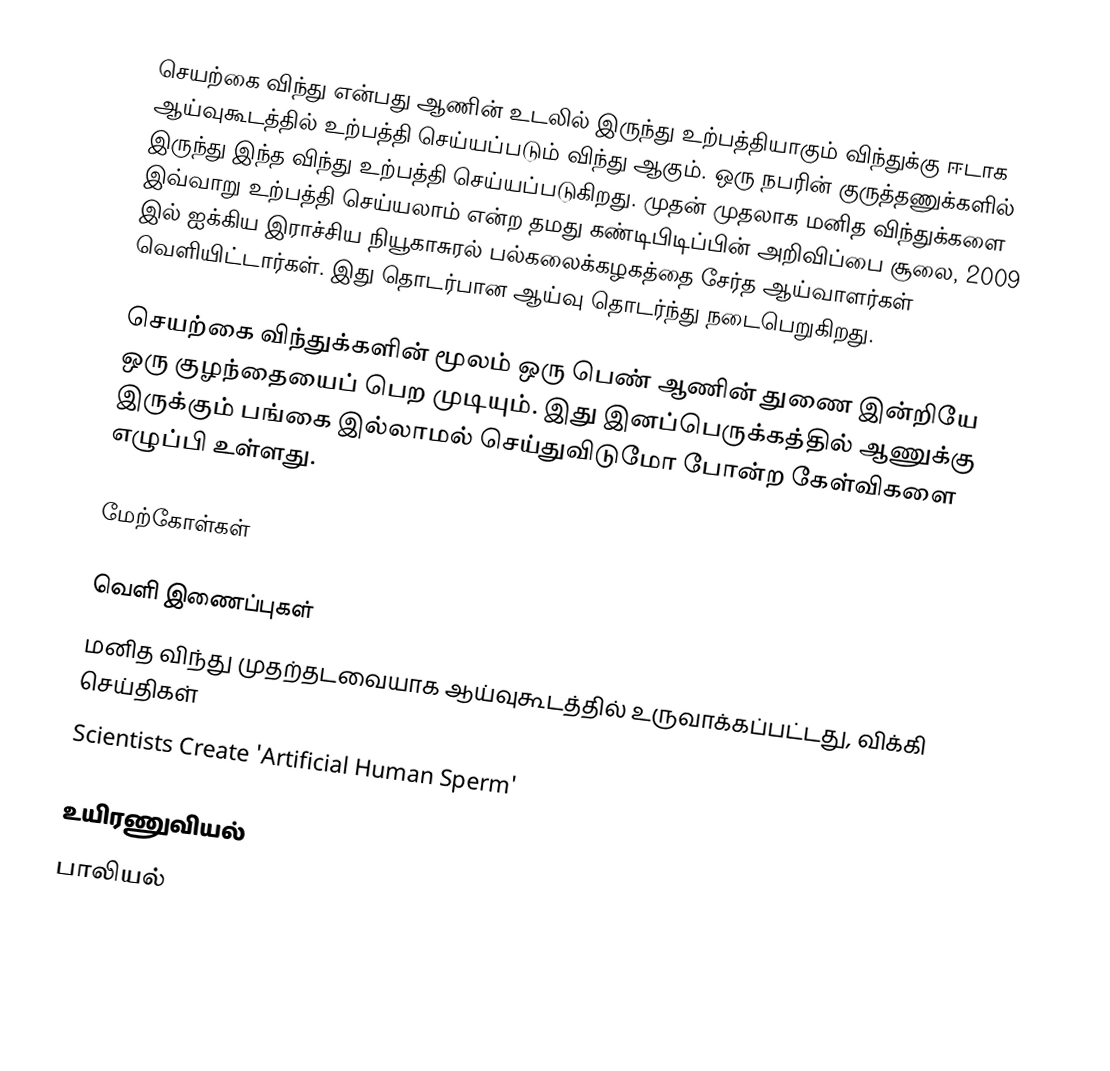
செயற்கை விந்து என்பது ஆணின் உடலில் இருந்து உற்பத்தியாகும் விந்துக்கு ஈடாக ஆய்வுகூடத்தில் உற்பத்தி செய்யப்படும் விந்து ஆகும்.  ஒரு நபரின் குருத்தணுக்களில் இருந்து இந்த விந்து உற்பத்தி செய்யப்படுகிறது.  முதன் முதலாக மனித விந்துக்களை இவ்வாறு உற்பத்தி செய்யலாம் என்ற தமது கண்டிபிடிப்பின் அறிவிப்பை சூலை, 2009 இல் ஐக்கிய இராச்சிய நியூகாசுரல் பல்கலைக்கழகத்தை சேர்த ஆய்வாளர்கள் வெளியிட்டார்கள்.  இது தொடர்பான ஆய்வு தொடர்ந்து நடைபெறுகிறது.

செயற்கை விந்துக்களின் மூலம் ஒரு பெண் ஆணின் துணை இன்றியே ஒரு குழந்தையைப் பெற முடியும்.  இது இனப்பெருக்கத்தில் ஆணுக்கு இருக்கும் பங்கை இல்லாமல் செய்துவிடுமோ போன்ற கேள்விகளை எழுப்பி உள்ளது.

மேற்கோள்கள்

வெளி இணைப்புகள்
 மனித விந்து முதற்தடவையாக ஆய்வுகூடத்தில் உருவாக்கப்பட்டது, விக்கி செய்திகள்
 Scientists Create 'Artificial Human Sperm'

உயிரணுவியல்
பாலியல்